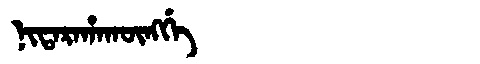
Manchu: ᠨᡳᡨᠠᡵᠠᡥᠠᡴᡡᠩᡤᡝ
Romanization: NITARAHAKŪNGGE